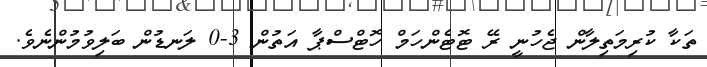
ތަކާ ކުރިމަތިލާން ޖެހުނީ ރޭ ޓޮޓެންހަމް ހޮޓްސްޕާ އަތުން 3-0 ލަނޑުން ބަލިވުމުންނެވެ.